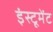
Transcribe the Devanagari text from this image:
इंस्टूमेंट